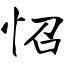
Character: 怊